Indian journal of veterinary science and animal husbandry - Volumes 18-21, 1948-1951
Year: 1948
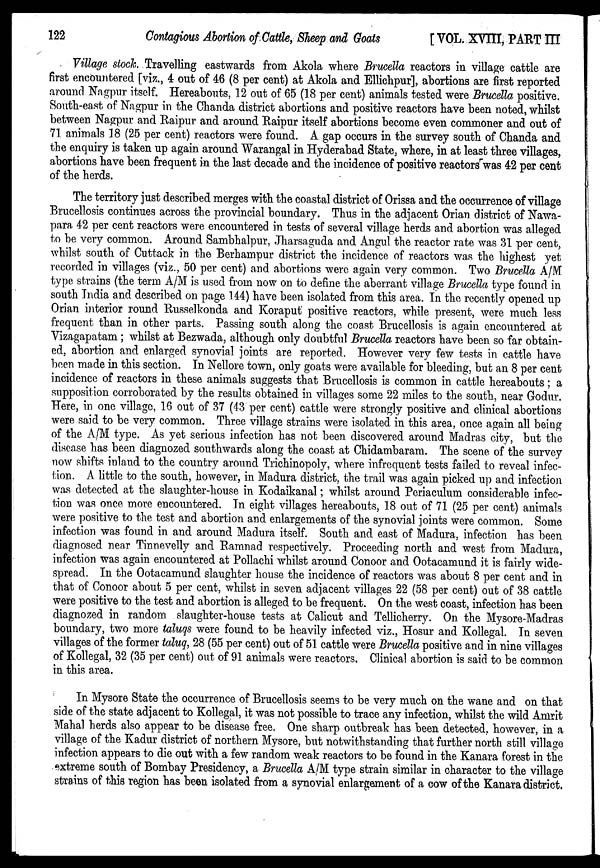
122
Contagious Abortion of Cattle, Sheep and Goats
[VOL. XVIII, PART III
Village stock. Travelling eastwards from Akola where Brucella reactors in village cattle are
first encountered [viz., 4 out of 46 (8 per cent) at Akola and Ellichpur], abortions are first reported
around Nagpur itself. Hereabouts, 12 out of 65 (18 per cent) animals tested were Brucella positive.
South-east of Nagpur in the Chanda district abortions and positive reactors have been noted, whilst
between Nagpur and Raipur and around Raipur itself abortions become even commoner and out of
71 animals 18 (25 per cent) reactors were found. A gap occurs in the survey south of Chanda and
the enquiry is taken up again around Warangal in Hyderabad State, where, in at least three villages,
abortions have been frequent in the last decade and the incidence of positive reactors was 42 per cent
of the herds.
The territory just described merges with the coastal district of Orissa and the occurrence of village
Brucellosis continues across the provincial boundary. Thus in the adjacent Orian district of Nawa-
para 42 per cent reactors were encountered in tests of several village herds and abortion was alleged
to be very common. Around Sambhalpur, Jharsaguda and Angul the reactor rate was 31 per cent,
whilst south of Cuttack in the Berhampur district the incidence of reactors was the highest yet
recorded in villages (viz., 50 per cent) and abortions were again very common. Two Brucella A/M
type strains (the term A/M is used from now on to define the aberrant village Brucella type found in
south India and described on page 144) have been isolated from this area. In the recently opened up
Orian interior round Russelkonda and Koraput positive reactors, while present, were much less
frequent than in other parts. Passing south along the coast Brucellosis is again encountered at
Vizagapatam; whilst at Bezwada, although only doubtful Brucella reactors have been so far obtain-
ed, abortion and enlarged synovial joints are reported. However very few tests in cattle have
been made in this section. In Nellore town, only goats were available for bleeding, but an 8 per cent
incidence of reactors in these animals suggests that Brucellosis is common in cattle hereabouts; a
supposition corroborated by the results obtained in villages some 22 miles to the south, near Godur.
Here, in one village, 16 out of 37 (43 per cent) cattle were strongly positive and clinical abortions
were said to be very common. Three village strains were isolated in this area, once again all being
of the A/M type. As yet serious infection has not been discovered around Madras city, but the
disease has been diagnozed southwards along the coast at Chidambaram. The scene of the survey
now shifts inland to the country around Trichinopoly, where infrequent tests failed to reveal infec-
tion. A little to the south, however, in Madura district, the trail was again picked up and infection
was detected at the slaughter-house in Kodaikanal; whilst around Periaculum considerable infec-
tion was once more encountered. In eight villages hereabouts, 18 out of 71 (25 per cent) animals
were positive to the test and abortion and enlargements of the synovial joints were common. Some
infection was found in and around Madura itself. South and east of Madura, infection has been
diagnosed near Tinnevelly and Ramnad respectively. Proceeding north and west from Madura,
infection was again encountered at Pollachi whilst around Conoor and Ootacamund it is fairly wide-
spread. In the Ootacamund slaughter house the incidence of reactors was about 8 per cent and in
that of Conoor about 5 per cent, whilst in seven adjacent villages 22 (58 per cent) out of 38 cattle
were positive to the test and abortion is alleged to be frequent. On the west coast, infection has been
diagnozed in random slaughter-house tests at Calicut and Tellicherry. On the Mysore-Madras
boundary, two more taluqs were found to be heavily infected viz., Hosur and Kollegal. In seven
villages of the former taluq, 28 (55 per cent) out of 51 cattle were Brucella positive and in nine villages
of Kollegal, 32 (35 per cent) out of 91 animals were reactors. Clinical abortion is said to be common
in this area.
In Mysore State the occurrence of Brucellosis seems to be very much on the wane and on that
side of the state adjacent to Kollegal, it was not possible to trace any infection, whilst the wild Amrit
Mahal herds also appear to be disease free. One sharp outbreak has been detected, however, in a
village of the Kadur district of northern Mysore, but notwithstanding that further north still village
infection appears to die out with a few random weak reactors to be found in the Kanara forest in the
extreme south of Bombay Presidency, a Brucella A/M type strain similar in character to the village
strains of this region has been isolated from a synovial enlargement of a cow of the Kanara district.